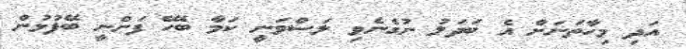
އަދި މިހާތަނަށް އެ ބަދަލު ނުގެނެވި ލަސްވަނީ ކަމާ ބެހޭ ފަންނީ ބޭފުޅުން